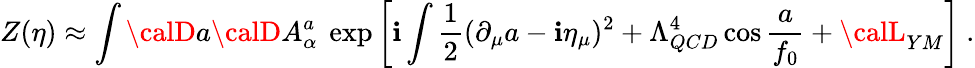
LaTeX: Z(\eta)\approx\int{\calD}a{\calD}A_{\alpha}^{a}\ \exp\left[\mathbf{i}\int{\frac{{1}}{{2}}}(\partial_{\mu}a-\mathbf{i}\eta_{\mu})^{2}+\Lambda_{QCD}^{4}\cos{\frac{{a}}{{f_{0}}}}+{\calL}_{YM}\right]\ .